Report on lock hospitals in British Burma
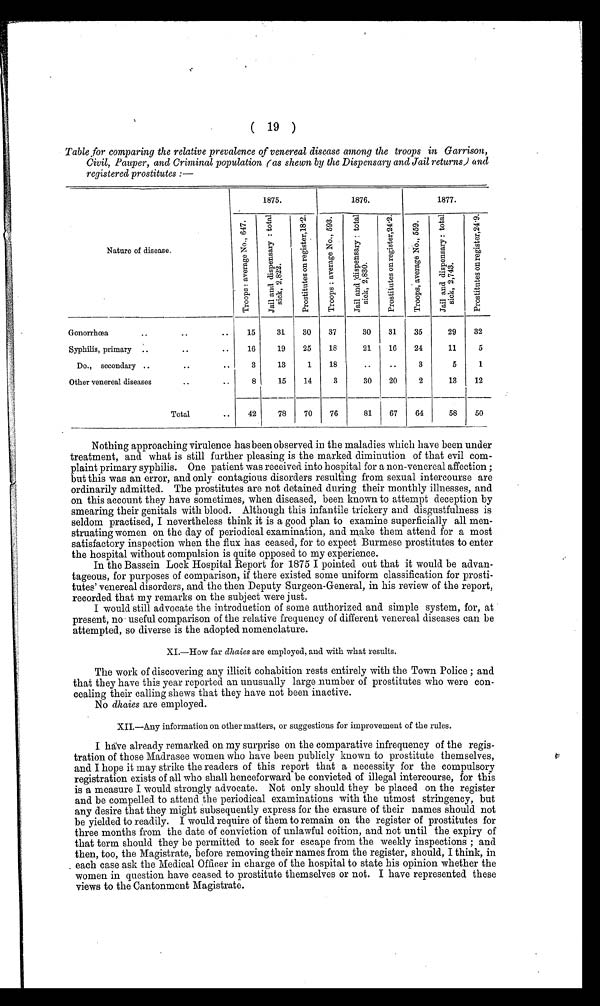
( 19 )
Table for comparing the relative prevalence of venereal disease among the troops in Garrison,
Civil, Pauper, and Criminal population (as shewn by the Dispensary and Jail returns) and
registered prostitutes :—
1875.
1876.
1877.
Nature of disease.
T r o o p s : a v e r a g e N o . , 6 4 7 .
J a i l a n d d i s p e n s a r y : t o t a l s i c k , 2 , 8 2 2 . P r o s t i t u t e s o n r e g i s t e r , 1 8 . 2 .
T r o o p s : a v e r a g e N o . , 5 9 3 . , . . , J a i l a n d d i s p e n s a r y : t o t a l s i c k , 2 , 8 3 0 .
P r o s t i t u t e s o n r e g i s t e r , 2 4 . 2 . T r o o p s , a v e r a g e N o . , 5 5 9 .
J a i l a n d d i s p e n s a r y : t o t a l s i c k , 2 , 7 4 3 . P r o s t i t u t e s o n r e g i s t e r , 2 4 . 9 .
Gonorrhoea ..
..
.. 15
31 30 37
30 31 35
29 32
Syphilis, primary ..
..
.. 16
19 25 18
21 16 24
11
5
Do., secondary ..
..
..
3
13
1 18
.. ..
3
5
1
Other venereal diseases
..
..
8
15 14
3
30 20 I2
13 12
Total
.. 42
78 70 76
81 67 64
58 50
Nothing approaching virulence has been observed in the maladies which have been under
treatment, and what is still further pleasing is the marked diminution of that evil com
plaint primary syphilis. One patient was received into hospital for a non-venereal affection ;
but this was an error, and only contagious disorders resulting from sexual intercourse are
ordinarily admitted. The prostitutes are not detained during their monthly illnesses, and
on this account they have sometimes, when diseased, been known to attempt deception by
smearing their genitals with blood. Although this infantile trickery and disgustfulness is
seldom practised, I nevertheless think it is a good plan to examine superficially all men
struating women on the day of periodical examination, and make them attend for a most
satisfactory inspection when the flux has ceased, for to expect Burmese prostitutes to enter
the hospital without compulsion is quite opposed to my experience.
In the Bassein Lock Hospital Report for 1875 I pointed out that it would be advan-
tageous, for purposes of comparison, if there existed some uniform classification for prosti-
tutes' venereal disorders, and the then Deputy Surgeon-General, in his review of the report,
recorded that my remarks on the subject were just.
I would still advocate the introduction of some authorized and simple system, for, at
present, no • useful comparison of the relative frequency of different venereal diseases can be
attempted, so diverse is the adopted nomenclature.
XI.—How far dhaies are employed, and with what results.
The work of discovering any illicit cohabition rests entirely with the Town Police ; and
that they have this year reported an unusually large number of prostitutes who were con-
cealing their calling shews that they have not been inactive.
No dhaies are employed.
XII.—Any information on other matters, or suggestions for improvement of the rules.
I halve already remarked on my surprise on the comparative infrequency of the regis-
tration of those Madrasee women who have been publicly known to prostitute themselves,
and I hope it may strike the readers of this report that a necessity for the compulsory
registration exists of all who shall henceforward be convicted of illegal intercourse, for this
is a measure I would strongly advocate. Not only should they be placed on the register
and be compelled to attend the periodical examinations with the utmost stringency, but
any desire that they might subsequently express for the erasure of their names should not
be yielded to readily. I would require of them to remain on the register of prostitutes for
three months from the date of conviction of unlawful coition, and not until the expiry of
that term should they be permitted to seek for escape from the weekly inspections ; and
then, too, the Magistrate, before removing their names from the register, should, I think, in
. each case ask the Medical Officer in charge of the hospital to state his opinion whether the
women in question have ceased to prostitute themselves or not. I have represented these
views to the Cantonment Magistrate.